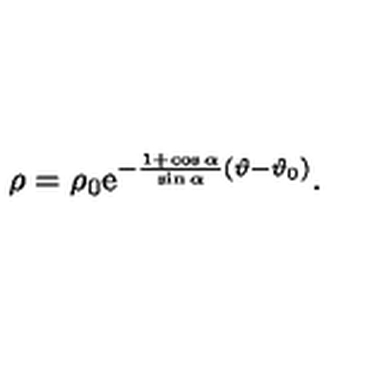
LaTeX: \rho = \rho _ { 0 } \mathrm { e } ^ { - { \frac { 1 + \cos \alpha } { \sin \alpha } } ( \vartheta - \vartheta _ { 0 } ) } .